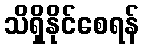
သိရှိနိုင်စေရန်